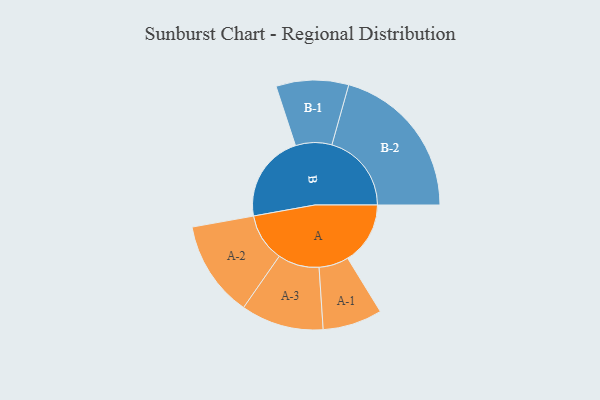
{"axis": {"x": "Segment", "y": "Value"}, "legend": ["", "A", "B"], "data": [{"x": "A", "y": 221, "type": ""}, {"x": "B", "y": 310, "type": ""}, {"x": "A-1", "y": 105, "type": "A"}, {"x": "A-2", "y": 170, "type": "A"}, {"x": "A-3", "y": 146, "type": "A"}, {"x": "B-1", "y": 128, "type": "B"}, {"x": "B-2", "y": 281, "type": "B"}]}